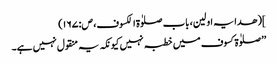
](ھدایہ اولین، باب صلوٰۃ الکسوف، ص:۱۶۷)
’’صلوٰۃ کسوف میں خطبہ نہیں کیونکہ یہ منقول نہیں ہے۔